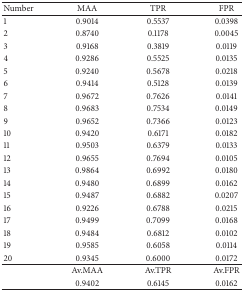
<table><thead><tr><td><b>Number</b></td><td><b> MAA </b></td><td><b> TPR </b></td><td><b> FPR </b></td></tr></thead><tbody><tr><td>1 </td><td> 0.9014 </td><td> 0.5537 </td><td> 0.0398</td></tr><tr><td>2 </td><td> 0.8740 </td><td> 0.1178 </td><td> 0.0045 </td></tr><tr><td>3 </td><td> 0.9168 </td><td> 0.3819 </td><td> 0.0119 </td></tr><tr><td>4 </td><td> 0.9286 </td><td> 0.5525 </td><td> 0.0135 </td></tr><tr><td>5 </td><td> 0.9240 </td><td> 0.5678 </td><td> 0.0218 </td></tr><tr><td>6 </td><td> 0.9414 </td><td> 0.5128 </td><td> 0.0139 </td></tr><tr><td>7 </td><td> 0.9672 </td><td> 0.7626 </td><td> 0.0141 </td></tr><tr><td>8 </td><td> 0.9683 </td><td> 0.7534 </td><td> 0.0149 </td></tr><tr><td>9 </td><td> 0.9652 </td><td> 0.7366 </td><td> 0.0123 </td></tr><tr><td>10 </td><td> 0.9420 </td><td> 0.6171 </td><td> 0.0182 </td></tr><tr><td>11 </td><td> 0.9503 </td><td> 0.6379 </td><td> 0.0133 </td></tr><tr><td>12 </td><td> 0.9655 </td><td> 0.7694 </td><td> 0.0105 </td></tr><tr><td>13 </td><td> 0.9864 </td><td> 0.6992 </td><td> 0.0180 </td></tr><tr><td>14 </td><td> 0.9480 </td><td> 0.6899 </td><td> 0.0162 </td></tr><tr><td>15 </td><td> 0.9487 </td><td> 0.6882 </td><td> 0.0207 </td></tr><tr><td>16 </td><td> 0.9226 </td><td> 0.6788 </td><td> 0.0215 </td></tr><tr><td>17 </td><td> 0.9499 </td><td> 0.7099 </td><td> 0.0168 </td></tr><tr><td>18 </td><td> 0.9484 </td><td> 0.6812 </td><td> 0.0102 </td></tr><tr><td>19 </td><td> 0.9585 </td><td> 0.6058 </td><td> 0.0114 </td></tr><tr><td>20 </td><td> 0.9345 </td><td> 0.6000 </td><td> 0.0172</td></tr><tr><td> </td><td> Av.MAA </td><td> Av.TPR </td><td> Av.FPR</td></tr><tr><td> </td><td> 0.9402 </td><td> 0.6145 </td><td> 0.0162</td></tr></tbody></table>